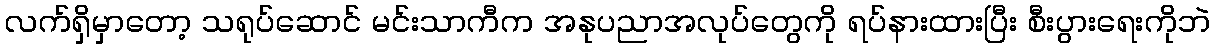
လက်ရှိမှာတော့ သရုပ်ဆောင် မင်းသာကီက အနုပညာအလုပ်တွေကို ရပ်နားထားပြီး စီးပွားရေးကိုဘဲ